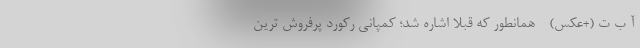
آ ب ت (+عکس) - همانطور که قبلا اشاره شد؛ کمپانی رکورد پرفروش ترین